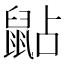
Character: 𪕐